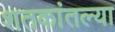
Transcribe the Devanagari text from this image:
शतकांतल्या